Annual report on the Civil Veterinary Department, Burma (including the Insein Veterinary School) - 1910-1922
Year: 1910
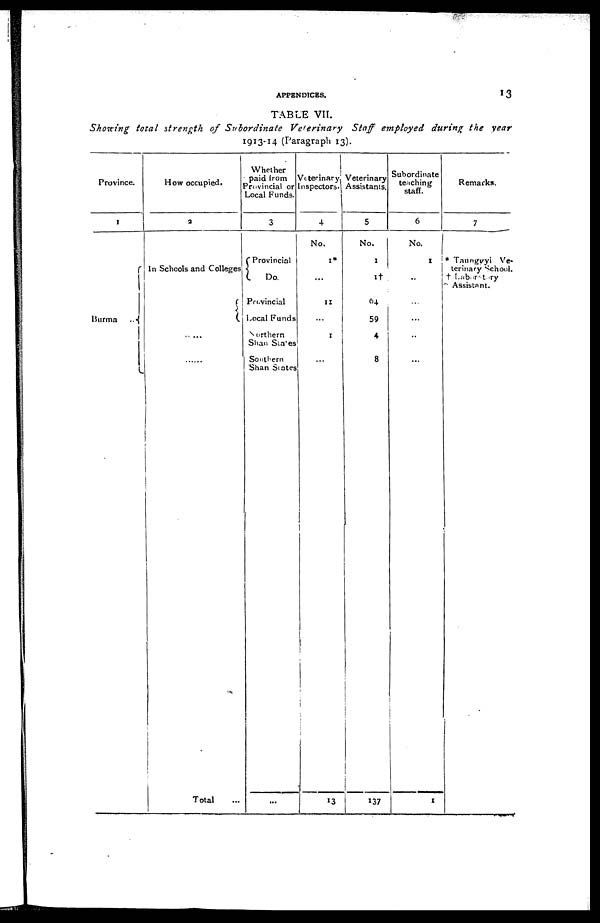
APPENDICES.
13
TABLE VII.
Showing total strength of Subordinate
Veterinary
Staff employed during the year
1913-14 (Paragraph 13).
Province.
I
Burma
How occupied.
3
In Schools and Colleges
.....
......
Total
Whether
paid from
Provincial or
Local Funds.
3
Provincial
Do.
Provincial
Local Funds
Northern
Shan States
Southern
Shan States
...
Veterinary
Inspectors.
4
No.
1*
...
11
...
1
...
13
Veterinary
Assistants.
5
No.
1
1†
64
59
4
8
137
Subordinate
teaching
staff.
6
No.
1
...
1
...
...
...
...
1
1
Remarks.
7
* Taungyyi Ve-
terinary School.
† Laboratary
Assistant.